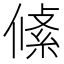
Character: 𠍞